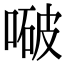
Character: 㗞